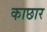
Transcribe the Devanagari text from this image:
काछार